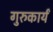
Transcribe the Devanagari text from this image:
गुरुकार्यं